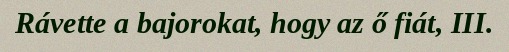
Rávette a bajorokat, hogy az ő fiát, III.